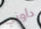
داوني